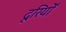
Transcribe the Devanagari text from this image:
दूरियोँ